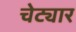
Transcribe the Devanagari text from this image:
चेट्यार